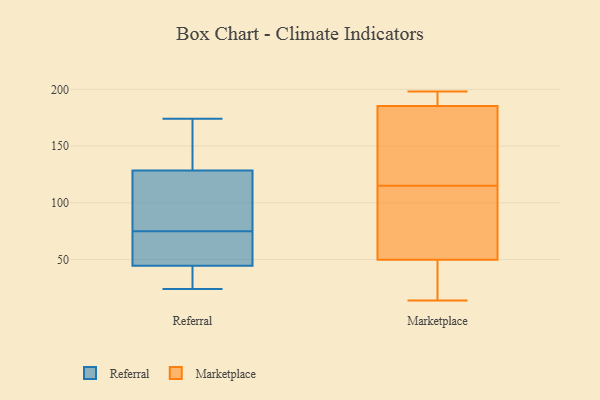
{"axis": {"x": "Gross Profit (USD K)", "y": "Value"}, "legend": ["Marketplace", "Referral"], "data": [{"x": "", "y": 143, "type": "Referral"}, {"x": "", "y": 174, "type": "Referral"}, {"x": "", "y": 91, "type": "Referral"}, {"x": "", "y": 122, "type": "Referral"}, {"x": "", "y": 27, "type": "Referral"}, {"x": "", "y": 80, "type": "Referral"}, {"x": "", "y": 24, "type": "Referral"}, {"x": "", "y": 144, "type": "Referral"}, {"x": "", "y": 64, "type": "Referral"}, {"x": "", "y": 44, "type": "Referral"}, {"x": "", "y": 76, "type": "Referral"}, {"x": "", "y": 24, "type": "Referral"}, {"x": "", "y": 74, "type": "Referral"}, {"x": "", "y": 135, "type": "Referral"}, {"x": "", "y": 78, "type": "Referral"}, {"x": "", "y": 45, "type": "Referral"}, {"x": "", "y": 55, "type": "Referral"}, {"x": "", "y": 31, "type": "Referral"}, {"x": "", "y": 145, "type": "Referral"}, {"x": "", "y": 45, "type": "Referral"}, {"x": "", "y": 198, "type": "Marketplace"}, {"x": "", "y": 97, "type": "Marketplace"}, {"x": "", "y": 57, "type": "Marketplace"}, {"x": "", "y": 184, "type": "Marketplace"}, {"x": "", "y": 85, "type": "Marketplace"}, {"x": "", "y": 26, "type": "Marketplace"}, {"x": "", "y": 159, "type": "Marketplace"}, {"x": "", "y": 15, "type": "Marketplace"}, {"x": "", "y": 179, "type": "Marketplace"}, {"x": "", "y": 191, "type": "Marketplace"}, {"x": "", "y": 14, "type": "Marketplace"}, {"x": "", "y": 190, "type": "Marketplace"}, {"x": "", "y": 28, "type": "Marketplace"}, {"x": "", "y": 66, "type": "Marketplace"}, {"x": "", "y": 115, "type": "Marketplace"}, {"x": "", "y": 157, "type": "Marketplace"}, {"x": "", "y": 189, "type": "Marketplace"}]}